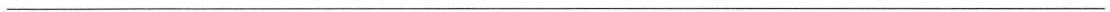
___